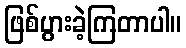
ဖြစ်ပွားခဲ့ကြတာပါ။